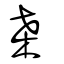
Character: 桒